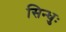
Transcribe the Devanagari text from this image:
सिन्धुः